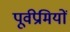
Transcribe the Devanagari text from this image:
पूर्वप्रेमियों